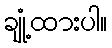
ချုံ့ထားပါ။